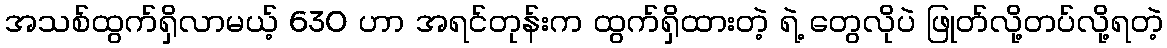
အသစ်ထွက်ရှိလာမယ့် 630 ဟာ အရင်တုန်းက ထွက်ရှိထားတဲ့ ရဲ့ တွေလိုပဲ ဖြုတ်လို့တပ်လို့ရတဲ့